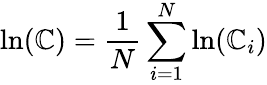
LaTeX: \ln(\boldsymbol{\mathbb{C}})=\frac{{1}}{{N}}\sum_{i=1}^{N}\ln(\boldsymbol{\mathbb{C}}_{i})